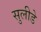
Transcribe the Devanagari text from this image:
सुलीडे